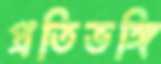
প্রতিভঙ্গি